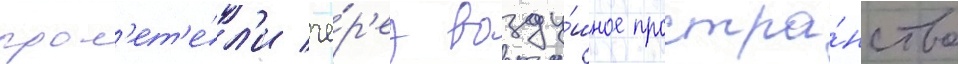
прол'ет'е́л'и че́р'ез возду́шное простра́нство